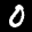
Label: 0